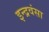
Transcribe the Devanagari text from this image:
इन्द्रवंसा